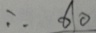
\therefore 6 0